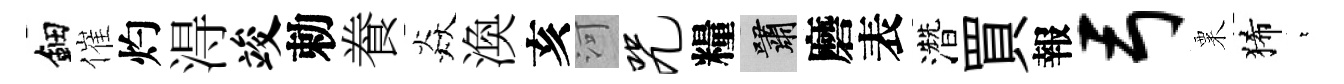
鈿催灼淂竣勅飬焱渙亥河咒糧嘯磨表濳買報弓粟狶萋